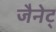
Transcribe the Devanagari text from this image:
जैनेट्